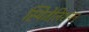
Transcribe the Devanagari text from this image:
स्पिजेलिशयन